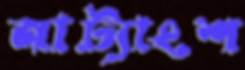
নাট্যাংশ